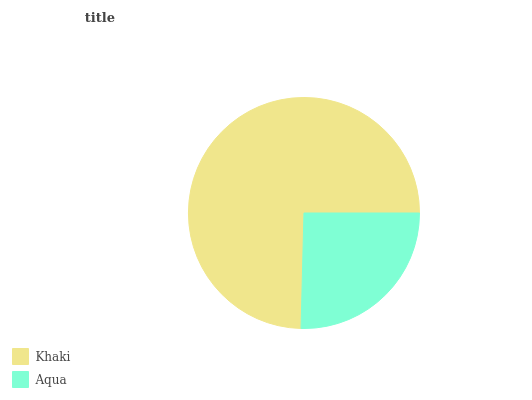
| Khaki | Aqua |
 | --- | --- |
 | 74.6% | 25.4% |